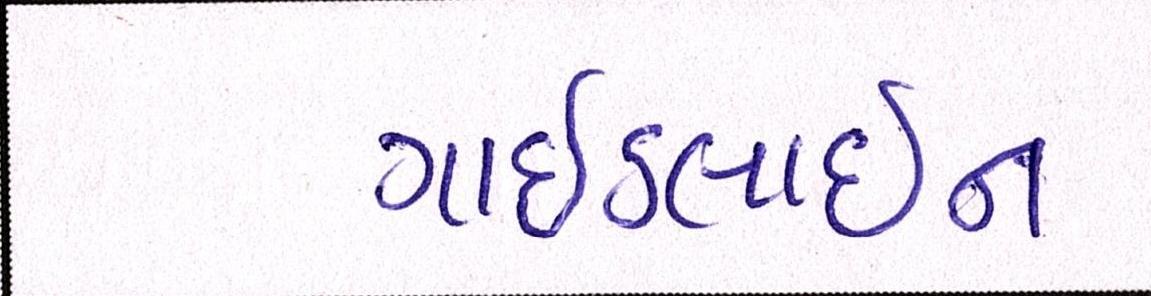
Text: ગાઈડલાઈન